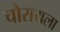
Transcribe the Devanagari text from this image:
चोरायला